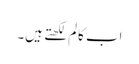
اب کالم لکھتے ہیں۔